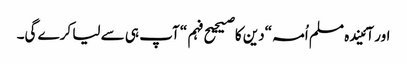
اور آئیندہ مسلم اُمہ “دین کا صیحیح فہم“ آپ ہی سے لیا کرے گی۔